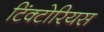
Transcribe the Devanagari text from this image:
टिंक्टोरियस